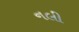
નલી